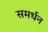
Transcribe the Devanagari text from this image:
समर्धन